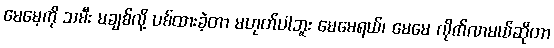
မေမေ့ကို သမီး မချစ်လို့ ပစ်ထားခဲ့တာ မဟုတ်ပါဘူး မေမေရယ်၊ မေမေ လိုက်လာမယ်ဆိုတာ